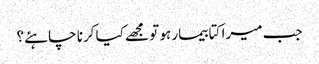
جب میرا کتا بیمار ہو تو مجھے کیا کرنا چاہئے؟